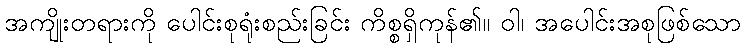
အကျိုးတရားကို ပေါင်းစုရုံးစည်းခြင်း ကိစ္စရှိကုန်၏။ ဝါ၊ အပေါင်းအစုဖြစ်သော